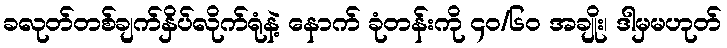
ခလုတ်တစ်ချက်နှိပ်လိုက်ရုံနဲ့ နောက် ခုံတန်းကို ၄ဝ/၆ဝ အချိုး၊ ဒါမှမဟုတ်